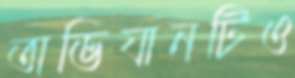
অভিযানটিও